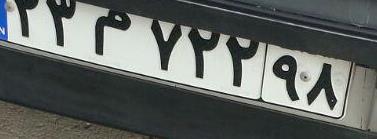
۲۳م۷۲۲۹۸